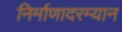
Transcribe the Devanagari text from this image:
निर्माणादरम्यान